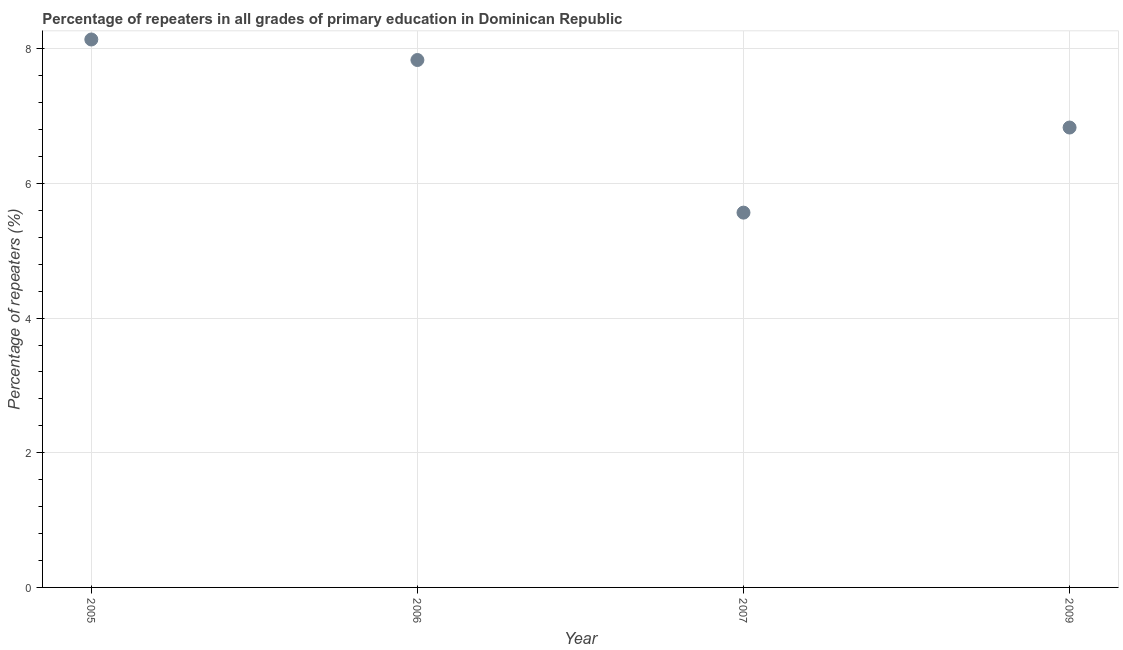
| Year | Repeaters in primary education |
 | --- | --- |
 | 2005 | 8.14 |
 | 2006 | 7.83 |
 | 2007 | 5.57 |
 | 2009 | 6.83 |